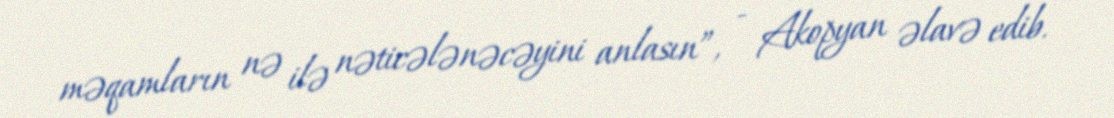
məqamların nə ilə nəticələnəcəyini anlasın”, - Akopyan əlavə edib.